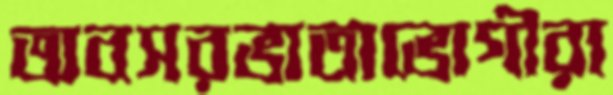
অবসরভাতাভোগীরা